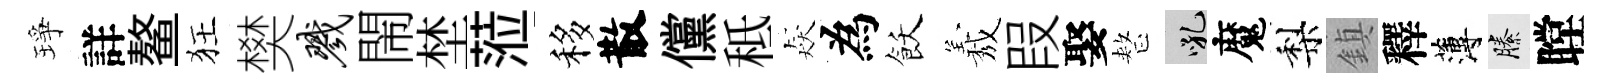
琤詳鳌狂樊戮閙埜蒞移散儻秪猋為飫𦏁叚娶整吼魔梨鎮釋薄縢瞠